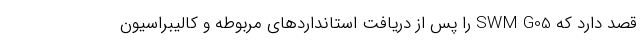
قصد دارد که SWM G05 را پس از دریافت استانداردهای مربوطه و کالیبراسیون